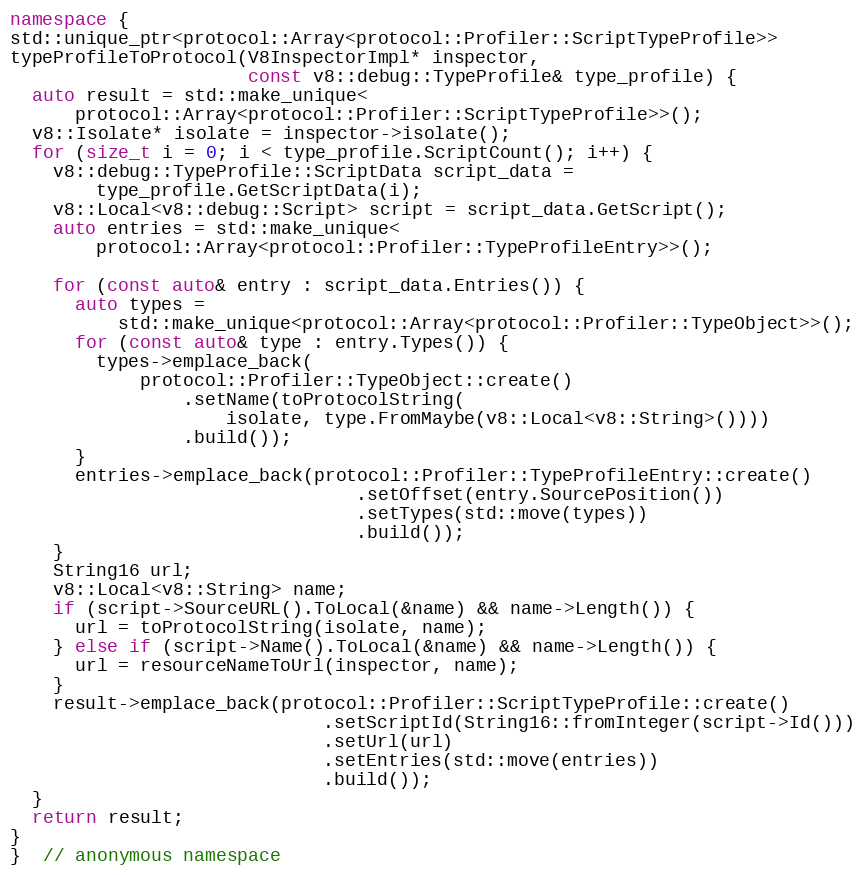
Language: C++
namespace {
std::unique_ptr<protocol::Array<protocol::Profiler::ScriptTypeProfile>>
typeProfileToProtocol(V8InspectorImpl* inspector,
                      const v8::debug::TypeProfile& type_profile) {
  auto result = std::make_unique<
      protocol::Array<protocol::Profiler::ScriptTypeProfile>>();
  v8::Isolate* isolate = inspector->isolate();
  for (size_t i = 0; i < type_profile.ScriptCount(); i++) {
    v8::debug::TypeProfile::ScriptData script_data =
        type_profile.GetScriptData(i);
    v8::Local<v8::debug::Script> script = script_data.GetScript();
    auto entries = std::make_unique<
        protocol::Array<protocol::Profiler::TypeProfileEntry>>();

    for (const auto& entry : script_data.Entries()) {
      auto types =
          std::make_unique<protocol::Array<protocol::Profiler::TypeObject>>();
      for (const auto& type : entry.Types()) {
        types->emplace_back(
            protocol::Profiler::TypeObject::create()
                .setName(toProtocolString(
                    isolate, type.FromMaybe(v8::Local<v8::String>())))
                .build());
      }
      entries->emplace_back(protocol::Profiler::TypeProfileEntry::create()
                                .setOffset(entry.SourcePosition())
                                .setTypes(std::move(types))
                                .build());
    }
    String16 url;
    v8::Local<v8::String> name;
    if (script->SourceURL().ToLocal(&name) && name->Length()) {
      url = toProtocolString(isolate, name);
    } else if (script->Name().ToLocal(&name) && name->Length()) {
      url = resourceNameToUrl(inspector, name);
    }
    result->emplace_back(protocol::Profiler::ScriptTypeProfile::create()
                             .setScriptId(String16::fromInteger(script->Id()))
                             .setUrl(url)
                             .setEntries(std::move(entries))
                             .build());
  }
  return result;
}
}  // anonymous namespace